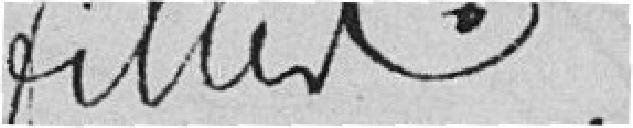
filles